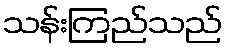
သန်းကြည်သည်